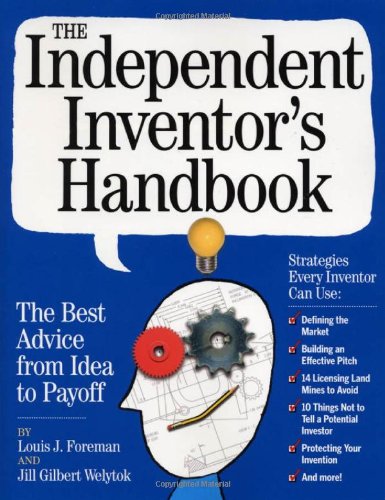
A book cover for The Independent Inventor's Handbook: The Best Advice from Idea to Payoff; Louis Foreman; Law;